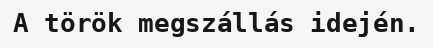
A török megszállás idején.